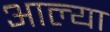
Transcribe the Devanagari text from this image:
अाल्या